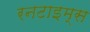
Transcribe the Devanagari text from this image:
रनटाइम्स